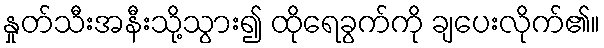
နှုတ်သီးအနီးသို့သွား၍ ထိုရေခွက်ကို ချပေးလိုက်၏။